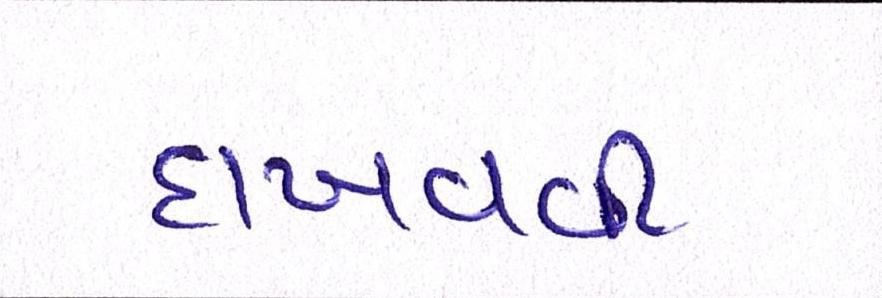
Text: દાખવવી